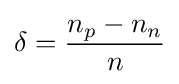
\delta ={\frac {n_{p}-n_{n}}{n}}